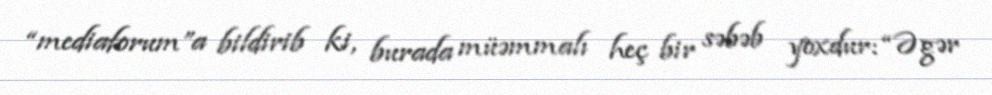
“mediaforum”a bildirib ki, burada müəmmalı heç bir səbəb yoxdur: “Əgər